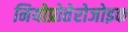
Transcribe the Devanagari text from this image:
नियोप्रोतेरोजोइक